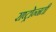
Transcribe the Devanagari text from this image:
राष्ट्रोन्नती